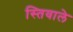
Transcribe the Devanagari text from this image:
स्तिवाले